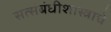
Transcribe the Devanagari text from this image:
सत्संबंधीशास्त्राचे